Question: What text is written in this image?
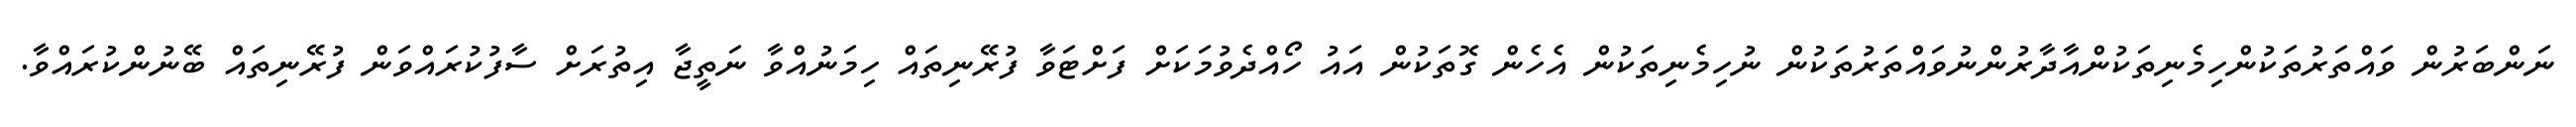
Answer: ނަންބަރުން ވައްތަރުތަކުންހިމެނިތަކުންއާދާރުންނުވައްތަރުތަކުން ނުހިމެނިތަކުން އެހެން ގޮތަކުން އައު ހޯއްދެވުމަކަށް ފަށްޓަވާ ފުރޭނިތައް ހިމަނުއްވާ ނަތީޖާ އިތުރަށް ސާފުކުރައްވަން ފުރޭނިތައް ބޭނުންކުރައްވާ.